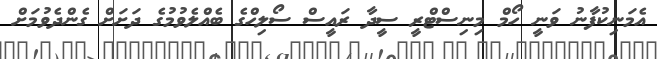
އެމަނިކުފާނު ވަނީ ހޯމް މިނިސްޓްރީ ސީދާ ރައީސް ސޯލިހްގެ ބެއްލެވުމުގެ ދަށަށް ގެންދެވުމަށް